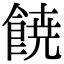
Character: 𩜙